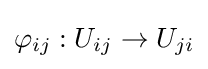
\varphi _{ij}:U_{ij}\rightarrow U_{ji}